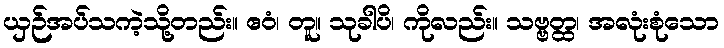
ယှဉ်အပ်သကဲ့သို့တည်း။ ဧဝံ၊ တူ။ သုခါပိ၊ ကိုလည်း။ သဗ္ဗတ္ထ၊ အလုံးစုံသော